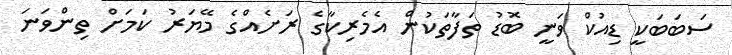
ސަބަބަކީ ޑިއުކް ވަނީ ބޮޑު ތަފާތަކުން އެމެރިކާގެ ރަށެއްގެ މޭޔަރު ކަމަށް ތިންވަނަ